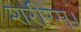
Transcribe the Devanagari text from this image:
शरीरम्।